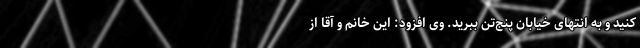
کنید و به انتهای خیابان پنج‌تن ببرید. وی افزود: این خانم و آقا از